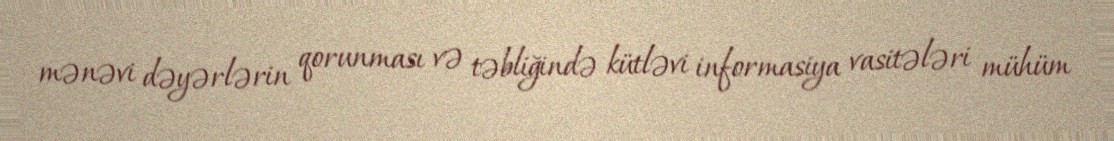
mənəvi dəyərlərin qorunması və təbliğində kütləvi informasiya vasitələri mühüm